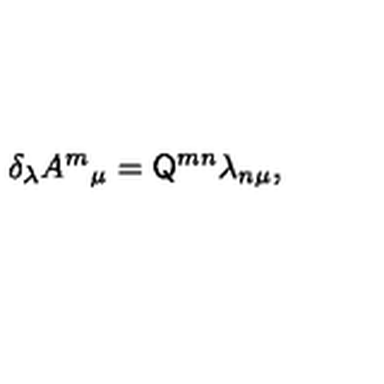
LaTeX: \delta _ { \lambda } A ^ { m } { } _ { \mu } = \mathsf { Q } ^ { m n } \lambda _ { n \mu } ,